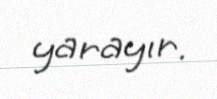
yarayır.